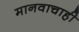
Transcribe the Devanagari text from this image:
मानवाचाही